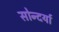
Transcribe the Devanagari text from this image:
सोन्दर्या